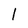
Character: l